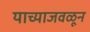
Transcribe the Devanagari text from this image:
याच्याजवळून